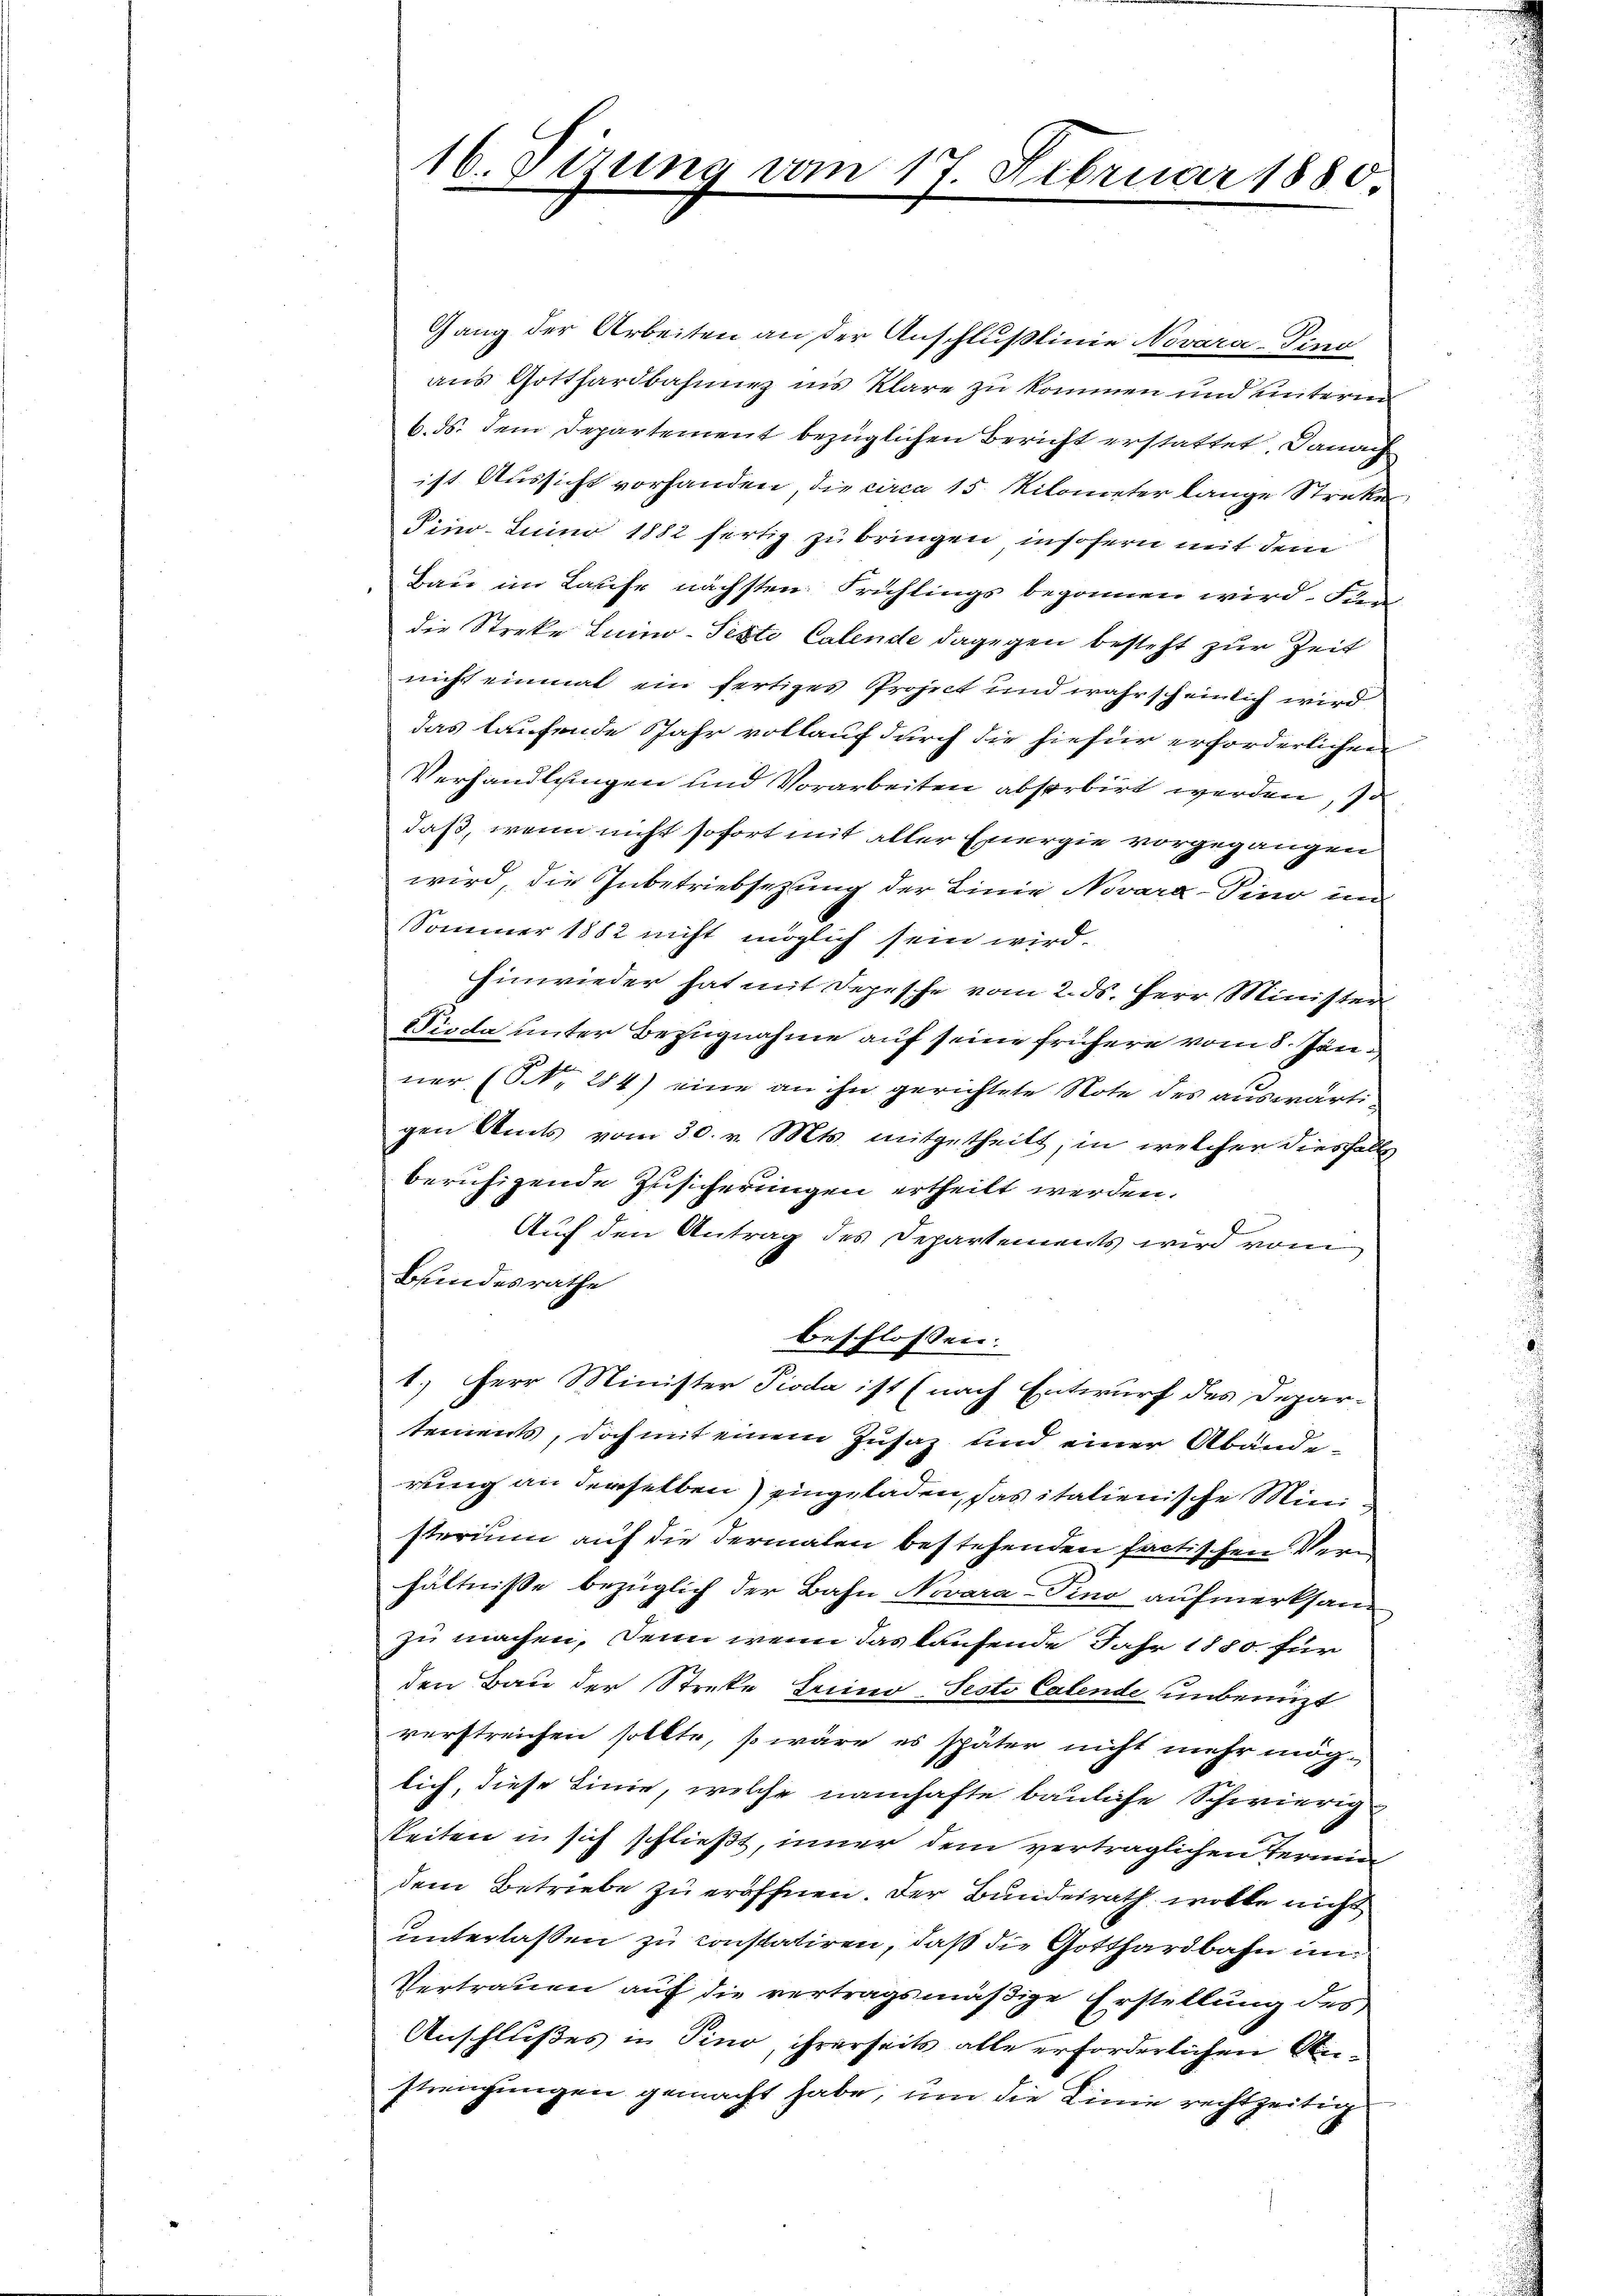
16. Firung vom 17. Febru

r 1880

Gang der Arbeiten an der Anschlußlinie Novara-Ping
aus Gotthardbahnung ins klare zu kommen und unterm
b.ds. dem Departement bezüglichen Bericht erstattet, danach
ist Aussicht vorhanden, die circa 15 Kilometer lange Streker
Fino- Juino 1882 fertig zu bringen, insofern mit dem
Bau im Laufe nächsten Frühlings begonnen wird. Far
die Streke Luino-Pexte Calende dagegen besteht zur Zeit
nicht einmal ein fertiges Project und wahrscheinlich wird
das laufende Jahr vollauf durch die hiefür erforderlichen
Verhandlungen und Vorarbeiten absorbirt werden, so
daß, wenn nicht sofort mit aller Energie vorgegangen
wird, die Inbetriebsezung der Linie Novara-Pino im
Sommer 1882 nicht möglich sein wird.
hinwieder hat mit Depesche vom 2. ds. Herr Minister
Pioda unter Bezugnahme auf seine frühere vom 8. Jänner, (NNNo. 284) eine an ihn gerichtete Note des auswärtigen Amts vom 30. v. Mts. mitgetheilt, in welcher diesfalls
beruhigende Zusicherungen ertheilt werden.
Auf den Antrag des Departements wird vom
Bundesrathe
beschlossen:
1.) Herr Minister Pioda ist (nach Entwurf des Depar-
tements, doch mit einem Zusaz und einer Abänderung an derselben) eingeladen, das italienische Ministerium auf die dermalen bestehenden factischen Verm
hältnisse bezüglich der Bahn Novara-Pino aufmerksam
zu machen. Denn wenn das laufende Jahr 1880. für
den Bau der Streke Luino-Sesto Calende unbenüzt
verstreichen sollte, so wäre es später nicht mehr mög-
lich, diese Linie, welche namhafte bauliche Schwierig
keiten in sich schließt, inner dem verträglichen Termin
dem Betriebe zu eröffnen. Der Bundesrath wolle nicht
unterlassen zu constatiren, daß die Gotthardbahn in
Vertrauen auf die vertragsmäßige Erstellung des
Anschlußes in Sino, ihrerseits alle erforderlichen Anstrengungen gemacht habe, um die Linie rechtzeitig